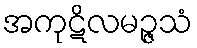
အကုဋိလမဉ္ဇသံ